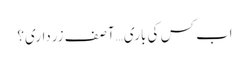
اب کس کی باری… آصف زرداری؟